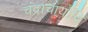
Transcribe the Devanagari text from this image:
चंद्राचार्यादि